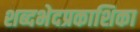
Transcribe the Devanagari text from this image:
शब्दभेदप्रकाशिका